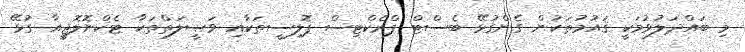
މި ބައްދަލުވުމަކީ ޤައުމުތަކުން ގެންގުޅޭ ބެސްޓް ޕްރެކްޓިސް ޕޮލިސީތަކާއި ވަޞީލަތްތަކާ ޓެކްނޮލޮޖީއާ ގުޅޭ